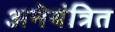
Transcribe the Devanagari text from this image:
अनॆयंत्रित